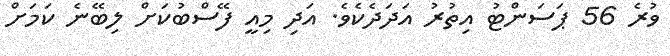
ވުރެ 56 ޕަސަންޓު އިތުރު އަދަދެކެވެ. އަދި މިއީ ފޭސްބުކަށް ލިބޭނެ ކަމަށް